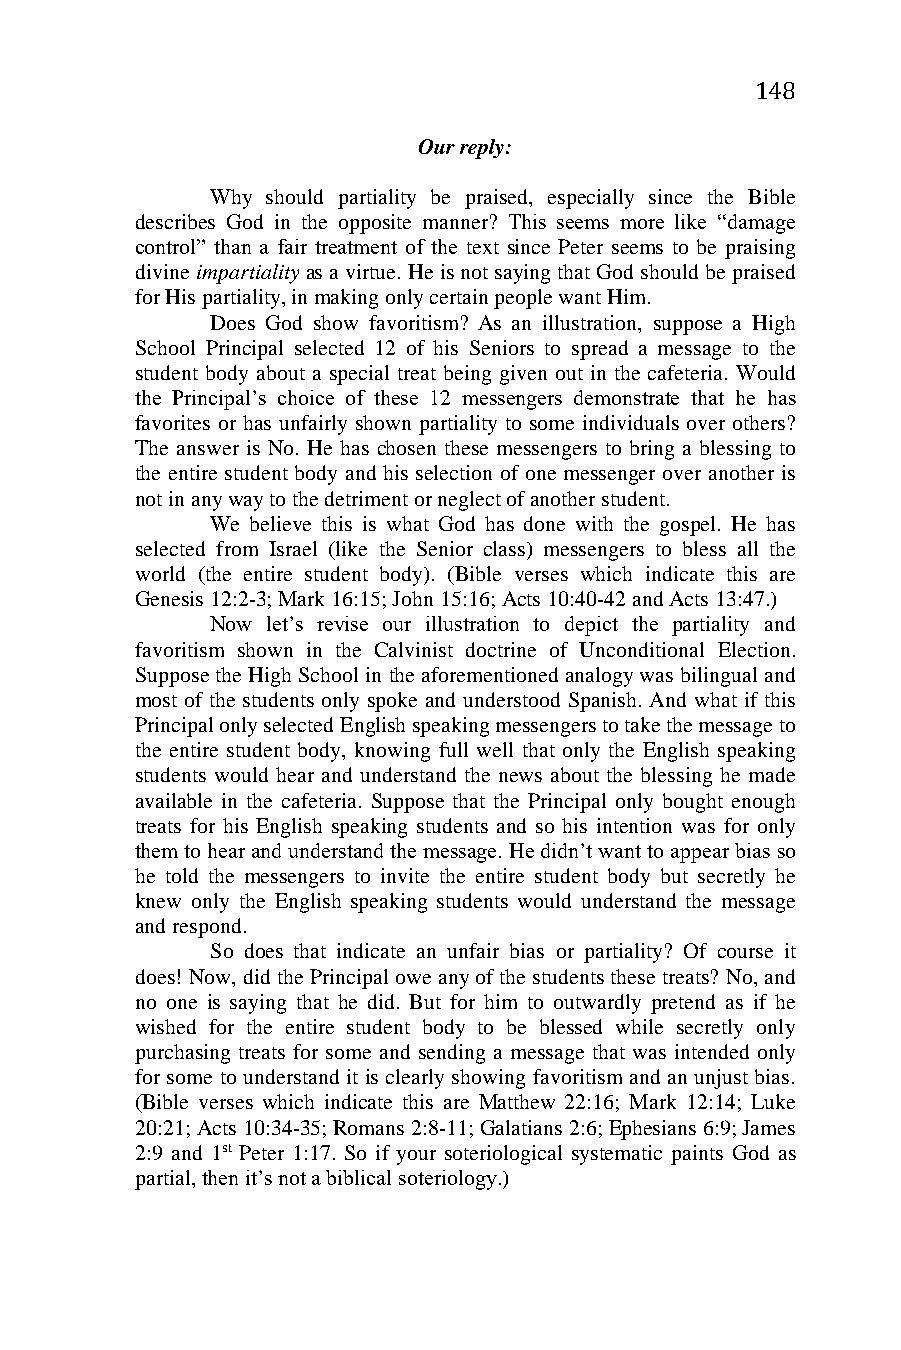
148
 Our reply:
 Why should partiality be praised, especially since the Bible
 describes God in the opposite manner? This seems more like “damage
 control” than a fair treatment of the text since Peter seems to be praising
 divine impartiality as a virtue. He is not saying that God should be praised
 for His partiality, in making only certain people want Him.
 Does God show favoritism? As an illustration, suppose a High
 School Principal selected 12 of his Seniors to spread a message to the
 student body about a special treat being given out in the cafeteria. Would
 the Principal’s choice of these 12 messengers demonstrate that he has
 favorites or has unfairly shown partiality to some individuals over others?
 The answer is No. He has chosen these messengers to bring a blessing to
 the entire student body and his selection of one messenger over another is
 not in any way to the detriment or neglect of another student.
 We believe this is what God has done with the gospel. He has
 selected from Israel (like the Senior class) messengers to bless all the
 world (the entire student body). (Bible verses which indicate this are
 Genesis 12:2-3; Mark 16:15; John 15:16; Acts 10:40-42 and Acts 13:47.)
 Now let’s revise our illustration to depict the partiality and
 favoritism shown in the Calvinist doctrine of Unconditional Election.
 Suppose the High School in the aforementioned analogy was bilingual and
 most of the students only spoke and understood Spanish. And what if this
 Principal only selected English speaking messengers to take the message to
 the entire student body, knowing full well that only the English speaking
 students would hear and understand the news about the blessing he made
 available in the cafeteria. Suppose that the Principal only bought enough
 treats for his English speaking students and so his intention was for only
 them to hear and understand the message. He didn’t want to appear bias so
 he told the messengers to invite the entire student body but secretly he
 knew only the English speaking students would understand the message
 and respond.
 So does that indicate an unfair bias or partiality? Of course it
 does! Now, did the Principal owe any of the students these treats? No, and
 no one is saying that he did. But for him to outwardly pretend as if he
 wished for the entire student body to be blessed while secretly only
 purchasing treats for some and sending a message that was intended only
 for some to understand it is clearly showing favoritism and an unjust bias.
 (Bible verses which indicate this are Matthew 22:16; Mark 12:14; Luke
 20:21; Acts 10:34-35; Romans 2:8-11; Galatians 2:6; Ephesians 6:9; James
 2:9 and 1st Peter 1:17. So if your soteriological systematic paints God as
 partial, then it’s not a biblical soteriology.)